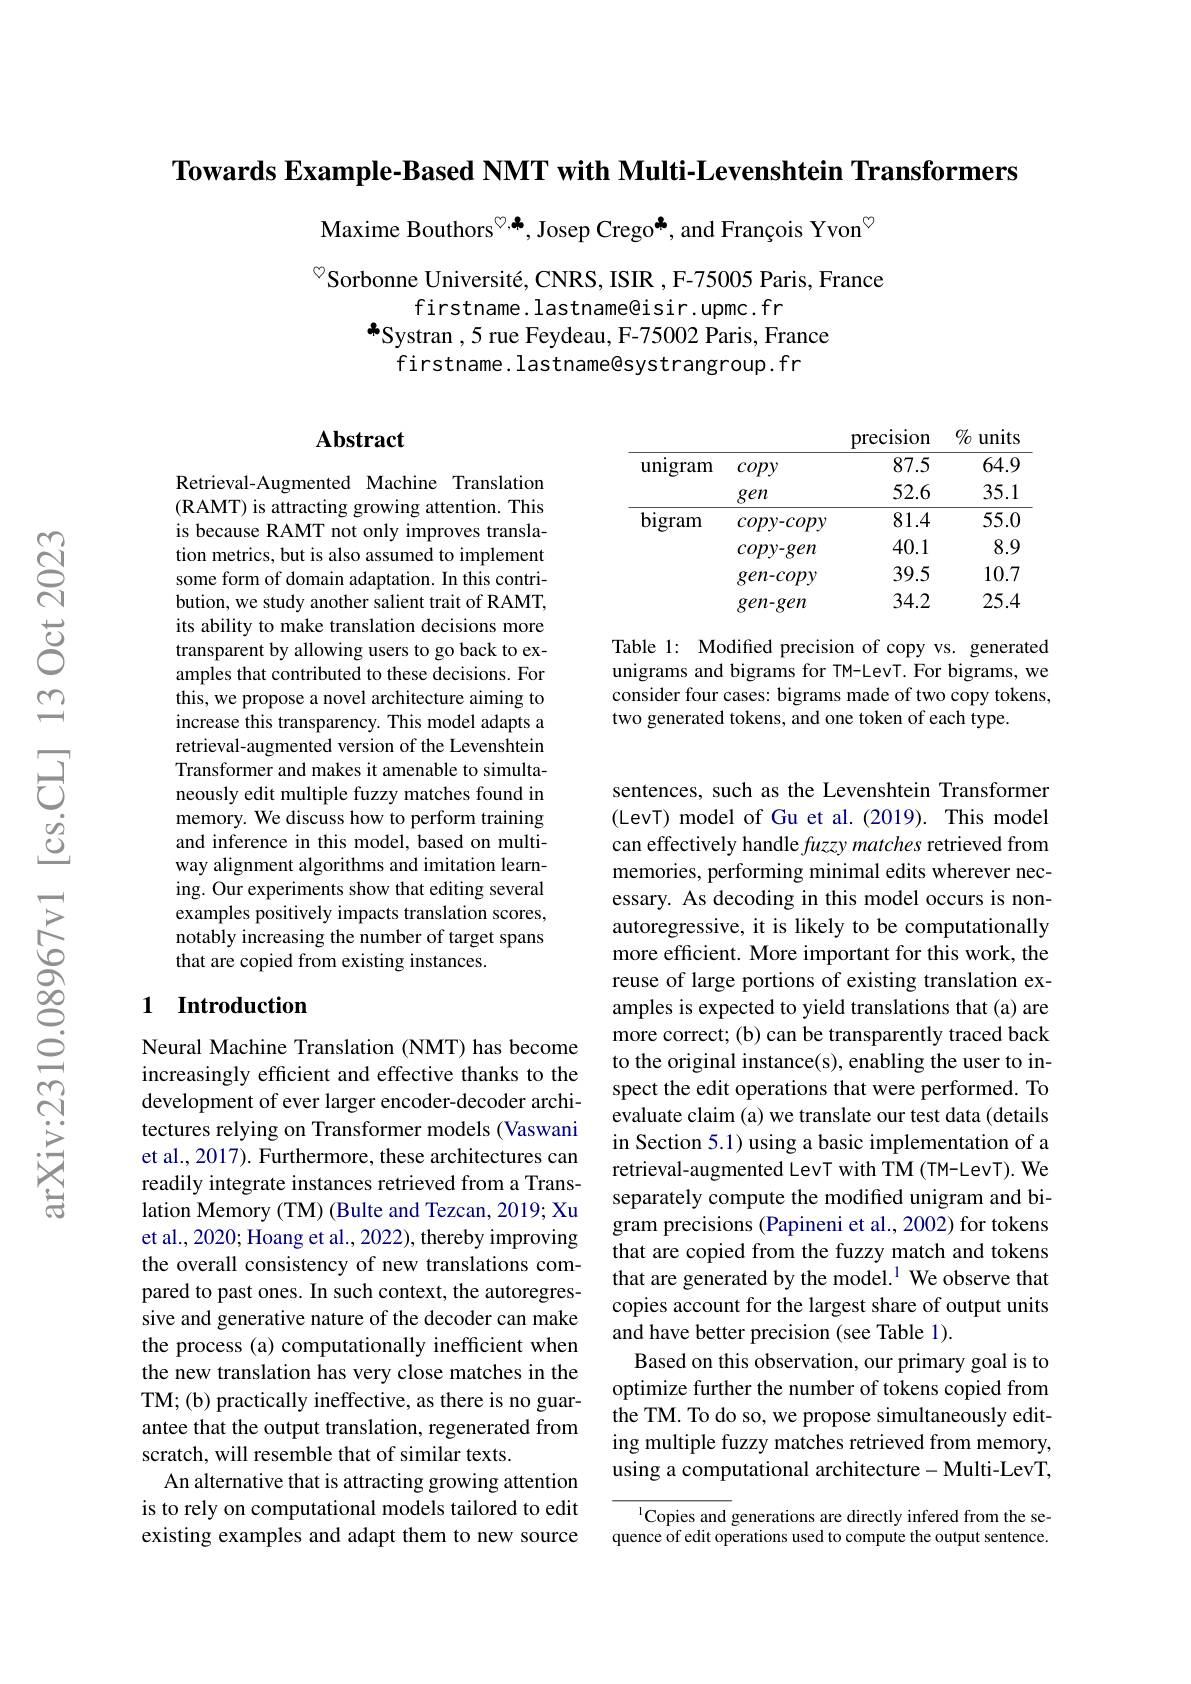
Towards Example-Based NMT with Multi-Levenshtein Transformers

Maxime Bouthors$^{\textcircled{\circ},\clubsuit}$, Josep Crego*, and François Yvon$^{\textcircled{\mathrm{o}}}$

$^{\circ}$Sorbonne Université, CNRS, ISIR , F-75005 Paris, France
firstname. lastname@isir. upmc. fr
*Systran ,5 rue Feydeau, F-75002 Paris, France
firstname. lastname@systrangroup. fr

precision % units
<table>
	<tbody>
		<tr>
			<th>$\operatorname{unigram}$</th>
			<th>copy</th>
			<th>87.5</th>
			<th>64.9</th>
		</tr>
		<tr>
			<th>$\operatorname{unigram}$</th>
			<th>copy gen</th>
			<th>87.5 52.6</th>
			<th>64.9 35.1</th>
		</tr>
		<tr>
			<th>$\operatorname{unigram}$</th>
			<th>copy gen</th>
			<th>87.5 52.6</th>
			<th>64.9 35.1</th>
		</tr>
		<tr>
			<th> </th>
			<th>gen</th>
			<th>52.6</th>
			<th>35.1</th>
		</tr>
		<tr>
			<td rowspan="4">bigram</td>
			<td>$copy-copy$</td>
			<td>81.4</td>
			<td>55.0</td>
		</tr>
		<tr>
			<td>$copy-gen$</td>
			<td>40.1</td>
			<td>8.9</td>
		</tr>
		<tr>
			<td>$gen-copy$</td>
			<td>39.5</td>
			<td>10.7</td>
		</tr>
		<tr>
			<td>$gen-gen$</td>
			<td>34.2</td>
			<td>25.4</td>
		</tr>
	</tbody>
</table>

## $\mathbf{Abstract}$

Table 1: Modified precision of copy vs. generated unigrams and bigrams for TM-LevT. For bigrams, we consider four cases: bigrams made of two copy tokens, two generated tokens, and one token of each type.

Retrieval-Augmented Machine Translation (RAMT) is attracting growing attention. This is because RAMT not only improves translation metrics, but is also assumed to implement some form of domain adaptation. In this contribution, we study another salient trait of RAMT, its ability to make translation decisions more transparent by allowing users to go back to examples that contributed to these decisions. For this, we propose a novel architecture aiming to increase this transparency. This model adapts a retrieval-augmented version of the Levenshtein Transformer and makes it amenable to simultaneously edit multiple fuzzy matches found in memory. We discuss how to perform training and inference in this model, based on multiway alignment algorithms and imitation learning. Our experiments show that editing several examples positively impacts translation scores, notably increasing the number of target spans that are copied from existing instances.

## 1 Introduction

sentences, such as the Levenshtein Transformer (LevT) model of Gu et al. (2019). This model can effectively handle fuzzy matches retrieved from memories, performing minimal edits wherever necessary. As decoding in this model occurs is nonautoregressive, it is likely to be computationally more efficient. More important for this work, the reuse of large portions of existing translation examples is expected to yield translations that (a) are more correct; (b) can be transparently traced back to the original instance(s), enabling the user to inspect the edit operations that were performed. To evaluate claim (a) we translate our test data (details in Section 5.1) using a basic implementation of a retrieval-augmented LevT with TM (TM-LevT). We separately compute the modified unigram and bigram precisions (Papineni et al., 2002) for tokens that are copied from the fuzzy match and tokens that are generated by the model.$^{1}$ We observe that copies account for the largest share of output units and have better precision (see Table 1).
Based on this observation, our primary goal is to optimize further the number of tokens copied from the TM. To do so, we propose simultaneously editing multiple fuzzy matches retrieved from memory, using a computational architecture- Multi-LevT,

Neural Machine Translation (NMT) has become increasingly efficient and effective thanks to the development of ever larger encoder-decoder architectures relying on Transformer models (Vaswani et al., 2017). Furthermore, these architectures can readily integrate instances retrieved from a Translation Memory (TM) (Bulte and Tezcan, 2019; Xu et al., 2020; Hoang et al., 2022), thereby improving the overall consistency of new translations compared to past ones. In such context, the autoregressive and generative nature of the decoder can make the process (a) computationally inefficient when the new translation has very close matches in the TM; (b) practically ineffective, as there is no guarantee that the output translation, regenerated from scratch, will resemble that of similar texts.
An alternative that is attracting growing attention is to rely on computational models tailored to edit existing examples and adapt them to new source

$^{1}$Copies and generations are directly infered from the sequence of edit operations used to compute the output sentence.